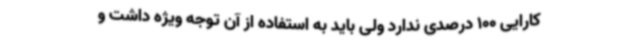
کارایی 100 درصدی ندارد ولی باید به استفاده از آن توجه ویژه داشت و